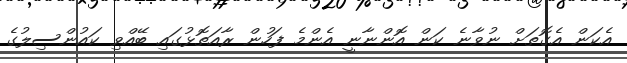
އެކަން އެގޮތަށް ނުވާނެ ކަން އޮންނާނީ އެންމެ ފަހުން ރާއަތޮޅުގައި ބޭއްވި ކައުންސިލުގެ